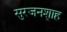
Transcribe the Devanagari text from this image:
सुरजनशाह